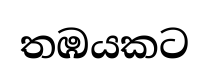
තඹයකට